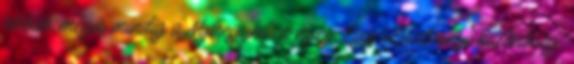
jobbak, mégis mindig a Nyíregyháza nyer. Egy Lisztesnyi különbség.